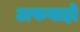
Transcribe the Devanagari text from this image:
अफवाहो